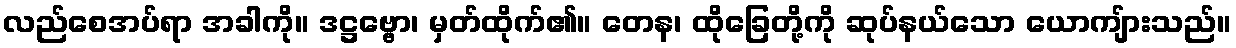
လည်စေအပ်ရာ အခါကို။ ဒဋ္ဌဗ္ဗော၊ မှတ်ထိုက်၏။ တေန၊ ထိုခြေတို့ကို ဆုပ်နယ်သော ယောကျ်ားသည်။